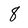
Character: 8